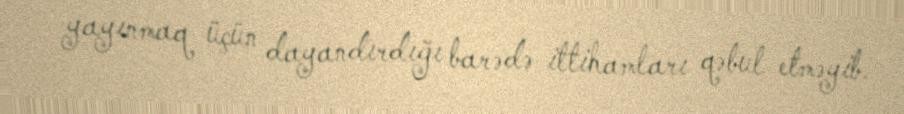
yayınmaq üçün dayandırdığı barədə ittihamları qəbul etməyib.